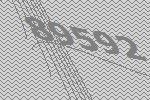
89592